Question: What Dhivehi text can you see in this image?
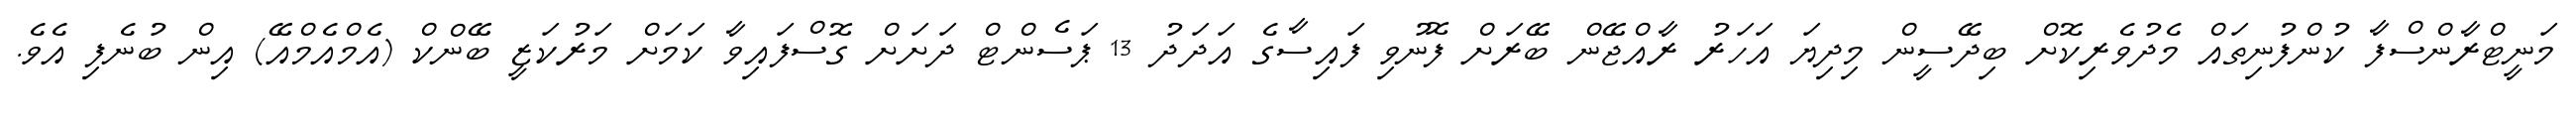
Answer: މަނީޓްރާންސްފާ ކުންފުނިތައް މެދުވެރިކޮށް ބިދޭސީން މިދިޔަ އަހަރު ރާއްޖޭން ބޭރަށް ފޮނުވި ފައިސާގެ އަދަދު 13 ޕަސެންޓް ދަށަށް ގޮސްފައިވާ ކަމަށް މަރުކަޒީ ބޭންކް (އެމްއެމްއޭ) އިން ބުނެފި އެވެ.